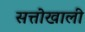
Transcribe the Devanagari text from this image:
सत्तोखाली